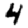
Digit: 4